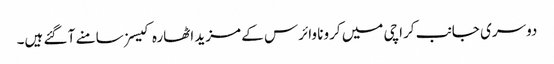
دوسری جانب کراچی میں کرونا وائرس کے مزید اٹھارہ کیسز سامنے آ گئے ہیں۔